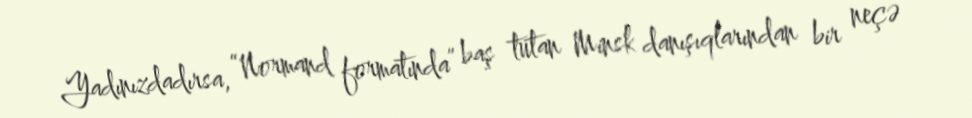
Yadınızdadırsa, “Normand formatında” baş tutan Minsk danışıqlarından bir neçə